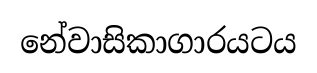
නේවාසිකාගාරයටය